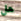
هل